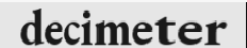
decimeter